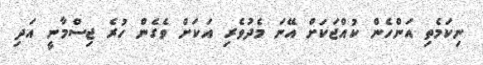
ނިކަމެތި އަންހެން ކުއްޖަކަށް އޭނަ މެދުވެރި އަކަށް ވެގެން ހުރެ ޖިސްމާނީ އަދި